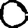
Digit: 0